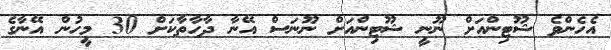
އެހެންވެ ޝޫޓިންއަށް ނޫނީ ޝޫޓިންއަށް ނޫނަސް އޭނާ ދާހާތާކަށް 30 މީހުން އޭނާގެ